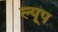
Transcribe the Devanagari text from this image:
ल्यूप